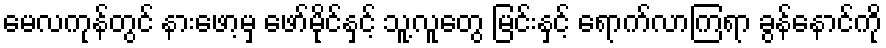
မေလကုန်တွင် နားဖော့မှ ဖော်မိုင်နှင့် သူ့လူတွေ မြင်းနှင့် ရောက်လာကြရာ ခွန်နောင်ကို